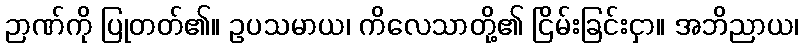
ဉာဏ်ကို ပြုတတ်၏။ ဥပသမာယ၊ ကိလေသာတို့၏ ငြိမ်းခြင်းငှာ။ အဘိညာယ၊